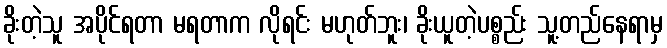
ခိုးတဲ့သူ အပိုင်ရတာ မရတာက လိုရင်း မဟုတ်ဘူး၊ ခိုးယူတဲ့ပစ္စည်း သူ့တည်နေရာမှ